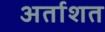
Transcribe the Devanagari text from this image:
अर्ताशत